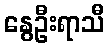
နွေဦးရာသီ